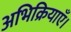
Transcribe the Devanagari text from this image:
अभिक्रियाएँ।